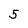
Character: 5